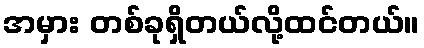
အမှား တစ်ခုရှိတယ်လို့ထင်တယ်။